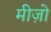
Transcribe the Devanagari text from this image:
मीज़ो